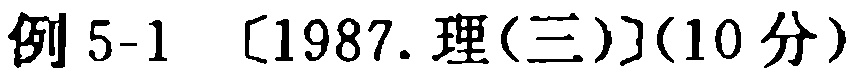
例 5-1 [1987.理(三)](10 分)